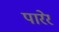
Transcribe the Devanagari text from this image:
पारेर